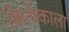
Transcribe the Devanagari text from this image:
कित्येकाला